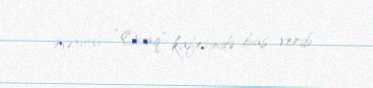
məxsus “Ocaq” kafesində baş verib.